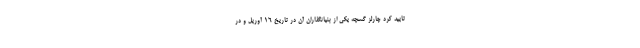
تایید کرد چارلز گسچه یکی از بنیانگذاران آن در تاریخ ۱۶ آوریل و در